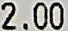
2.00